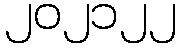
၂၀၂၁၂၂